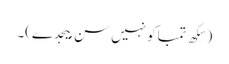
(سِکھ تمباکو نہیں سن بیجدے)۔